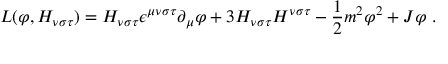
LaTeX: L ( \varphi , H _ { \nu \sigma \tau } ) = H _ { \nu \sigma \tau } \epsilon ^ { \mu \nu \sigma \tau } \partial _ { \mu } \varphi + 3 H _ { \nu \sigma \tau } H ^ { \nu \sigma \tau } - \frac { 1 } { 2 } m ^ { 2 } \varphi ^ { 2 } + J \varphi \ .